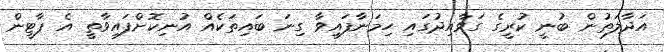
އަދާލަތުން ބުނީ ކުރީގެ ގަވާއިދުގައި ހިމަނާފައިވާ ގިނަ ބައިތަކެއް އުނިކޮށްފައިވާތީ އެ ޕާޓީން